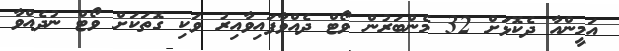
އަމީންއާ ދެކޮޅަށް 32 މެންބަރުން ވޯޓް ދެއްވާފައިވާއިރު ވަކި ގޮތަކަށް ވޯޓް ނުދެއްވާ